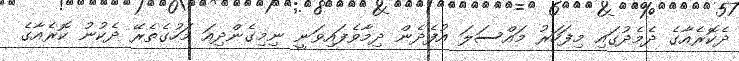
ދެކޮރެއާގެ ދެމެދުގައި މިފަހަރު މައްސަލަ އުފެދެން ދިމާވެފައިވަނީ ނިމިގެންދިއަ މަހުގެތެރޭ ދެކުނު ކޮރެއާގެ